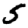
Digit: 5